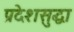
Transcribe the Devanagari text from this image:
प्रदेशसुद्धा